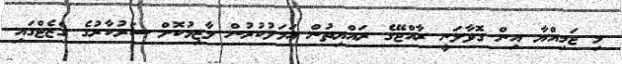
މި ޖަމިއްޔާ އިން ގޮވާލަނީ ރާއްޖޭގެ ރައްޔިތުން އަމަލުކުރުން ލާޒިމުކޮށް ސަރުކާރުގެ ގެޒެޓްގައި